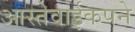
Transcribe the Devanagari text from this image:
आस्तेवाईकपने